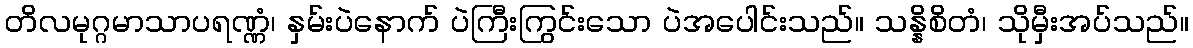
တိလမုဂ္ဂမာသာပရဏ္ဏံ၊ နှမ်းပဲနောက် ပဲကြီးကြွင်းသော ပဲအပေါင်းသည်။ သန္နိစိတံ၊ သိုမှီးအပ်သည်။